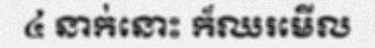
៤ នាក់នោះ ក៏ឈរមើល